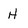
Character: H